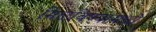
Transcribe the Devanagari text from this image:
मिळविण्यामध्ये